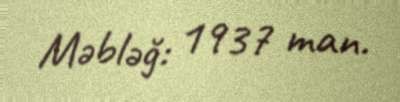
Məbləğ: 1937 man.